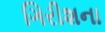
ગિરીશના